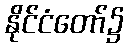
နိုင်ငံတော်၌